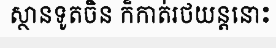
ស្ថានទូតចិន ក៏កាត់រថយន្តនោះ